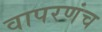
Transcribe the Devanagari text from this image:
वापरणंच